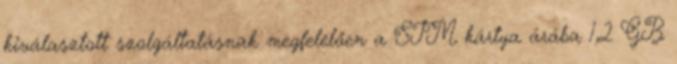
kiválasztott szolgáltatásnak megfelelően a SIM kártya árába 1,2 GB